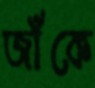
জাঁকে